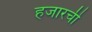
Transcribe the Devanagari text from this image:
हजारची